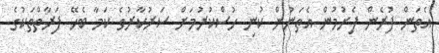
އެތަން ފުރެން ފެށުމުން އެތަނުން ކުނި ހުސްކުރުމަށް ސަރުކާރުގެ ކަމާ ބެހޭ ފަރާތްތަކުގެ